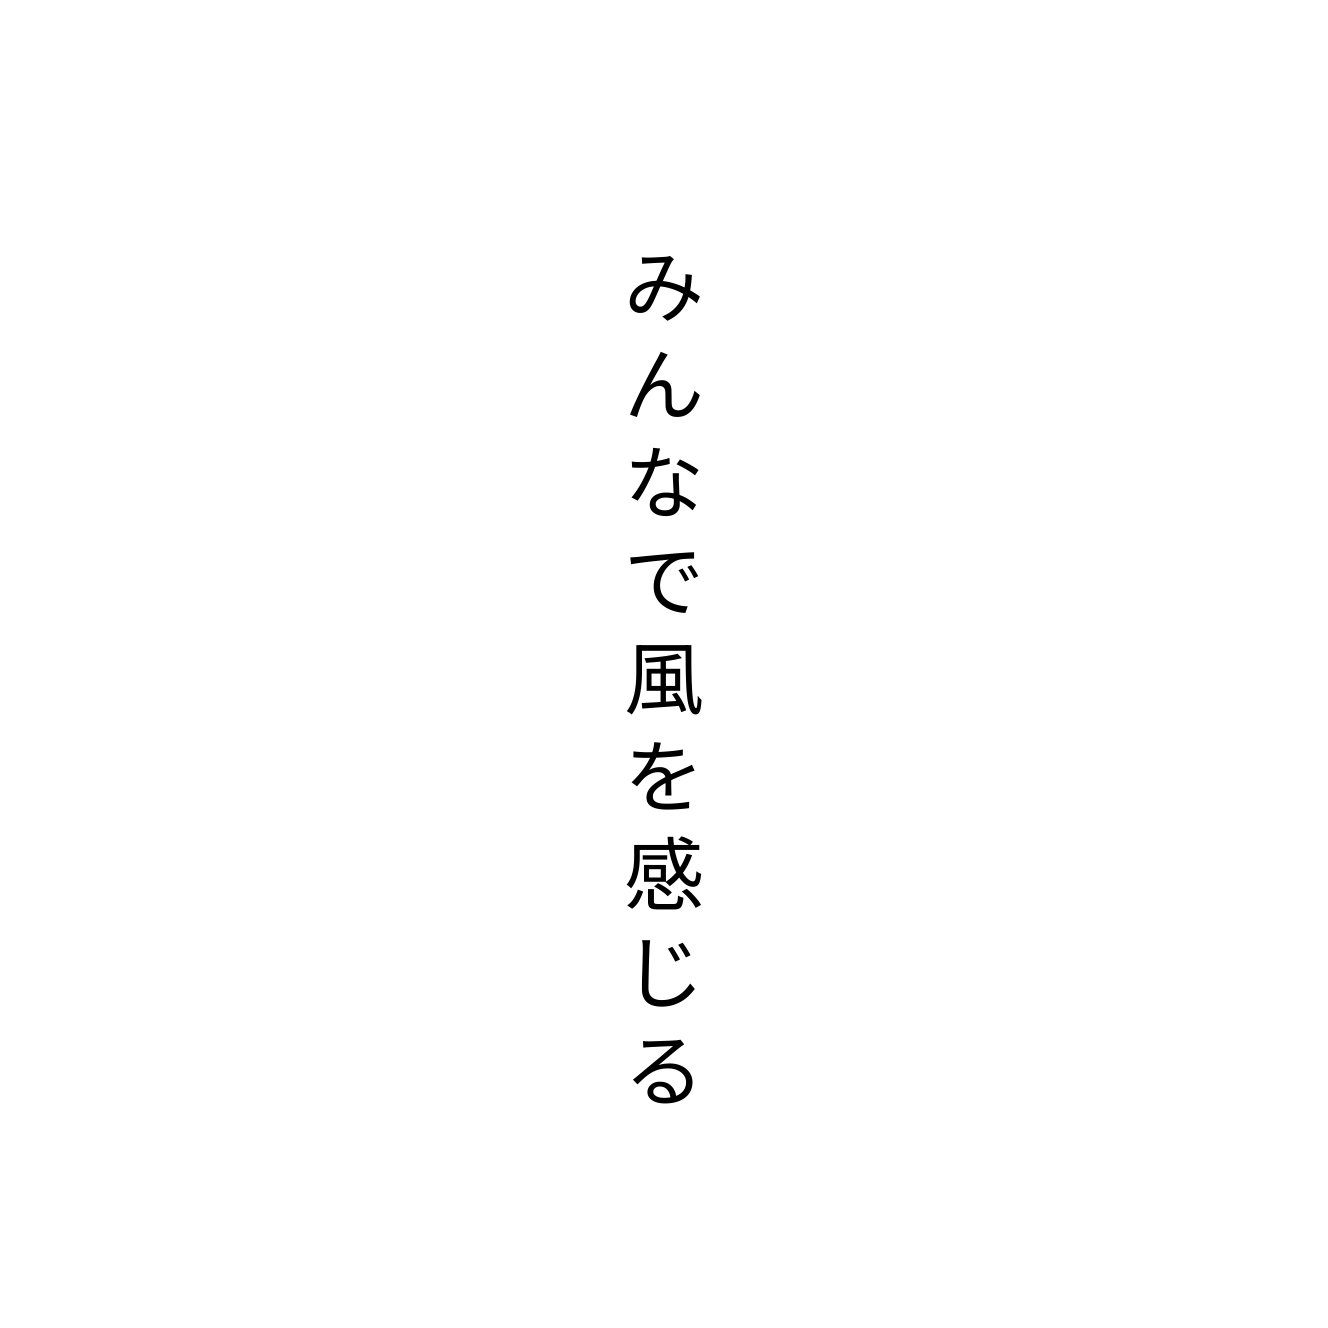
みんなで風を感じる